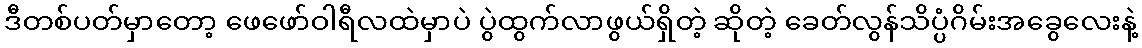
ဒီတစ်ပတ်မှာတော့ ဖေဖော်ဝါရီလထဲမှာပဲ ပွဲထွက်လာဖွယ်ရှိတဲ့ ဆိုတဲ့ ခေတ်လွန်သိပ္ပံဂိမ်းအခွေလေးနဲ့